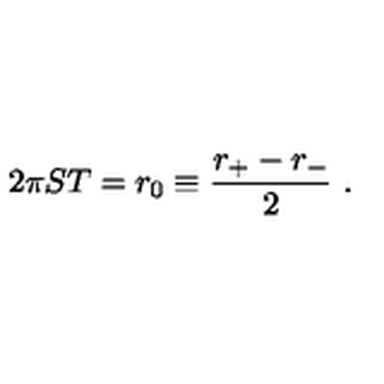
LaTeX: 2 \pi S T = r _ { 0 } \equiv { \frac { r _ { + } - r _ { - } } { 2 } } \ .